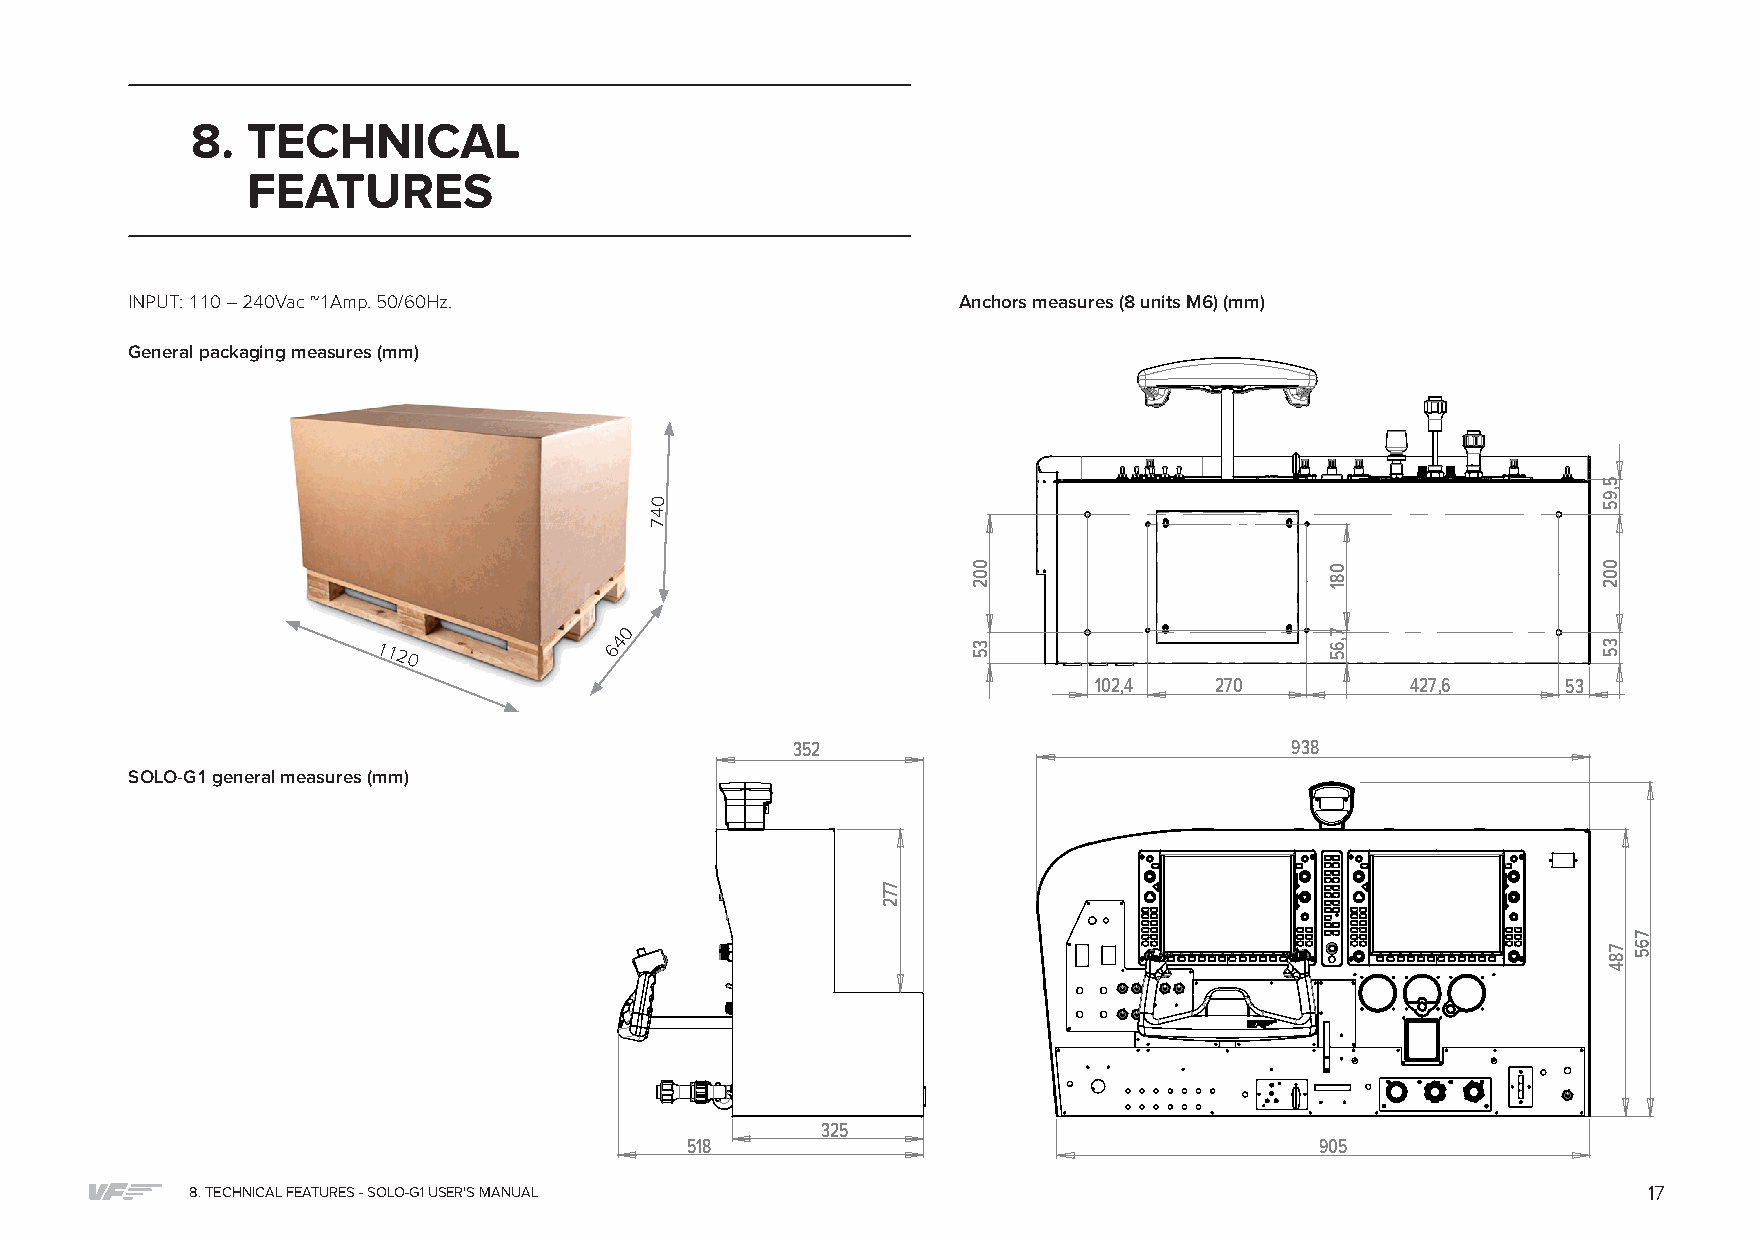
8. TECHNICAL
 FEATURES
 INPUT: 110 – 240Vac ~1Amp. 50/60Hz.                   Anchors measures (8 units M6) (mm)
 General packaging measures (mm)
 0
 4
 7
 0 4 1120 6
 102,4  270          427,6      53
 352                              938
 SOLO-G1 general measures (mm)
 325
 518                                       905
 8. TECHNICAL FEATURES - SOLO-G1 USER'S MANUAL                                                   17
 772
 002
 35
 081
 7,65
 5,95
 002
 35
 784